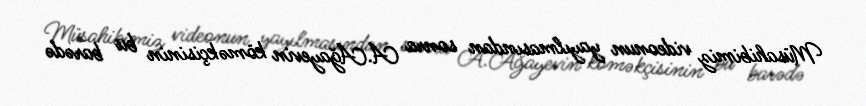
Müsahibimiz videonun yayılmasından sonra A.Ağayevin köməkçisinin bu barədə